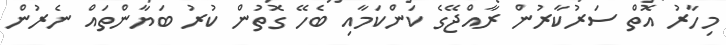
މިހާރު އޮތް ސަރުކާރުން ރާއްޖޭގެ ކަންކަމާއި ބެހޭ ގޮތުން ކުރު ބަޔާންތައް ނެރުން